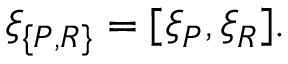
\xi _ { \{ P , R \} } = [ \xi _ { P } , \xi _ { R } ] .